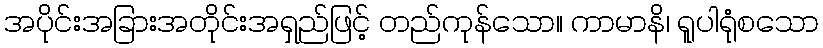
အပိုင်းအခြားအတိုင်းအရှည်ဖြင့် တည်ကုန်သော။ ကာမာနိ၊ ရူပါရုံစသော